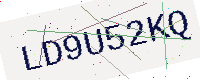
Text: LD9U52KQ